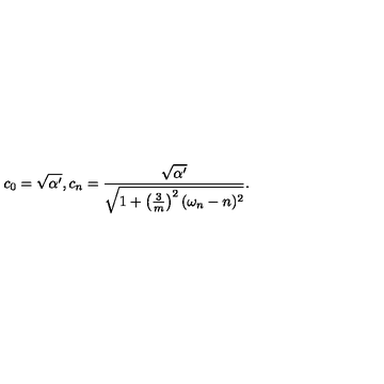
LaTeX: c _ { 0 } = \sqrt { \alpha ^ { \prime } } , c _ { n } = \frac { \sqrt { \alpha ^ { \prime } } } { \sqrt { 1 + \left( \frac { 3 } { m } \right) ^ { 2 } ( \omega _ { n } - n ) ^ { 2 } } } .